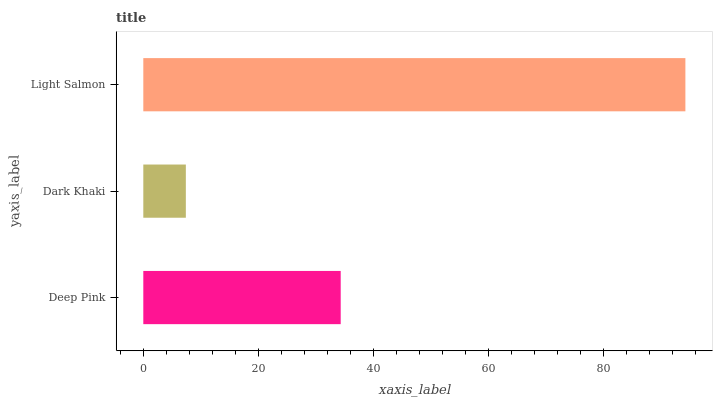
| yaxis_label | bars |
 | --- | --- |
 | Deep Pink | 34.3 |
 | Dark Khaki | 7.4 |
 | Light Salmon | 94.2 |